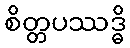
စိတ္တပဿဒ္ဓိ